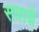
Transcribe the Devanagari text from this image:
सत्राशे